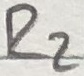
Text: R2